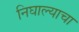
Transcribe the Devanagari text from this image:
निघाल्याचा